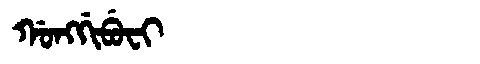
Manchu: ᡤᠣᠩᡤᡳᠪᡠᠸᡳ
Romanization: GONGGIBUFI